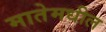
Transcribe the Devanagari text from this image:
मातेमधील